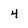
Character: 4